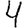
Digit: 4